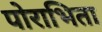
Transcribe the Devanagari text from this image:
पोराभिता